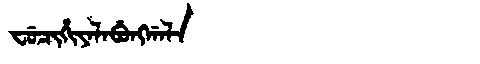
Manchu: ᠸᡠᠴᡳᡥᡳᠶᠠᠯᠠᠪᡠᠩᡤᠠᠯᠠ
Romanization: FUCIHIYALABUNGGALA